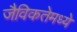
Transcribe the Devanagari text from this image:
जैविकतेमध्ये